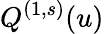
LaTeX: Q^{(1,s)}(u)